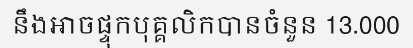
នឹងអាចផ្ទុកបុគ្គលិកបានចំនួន 13.000